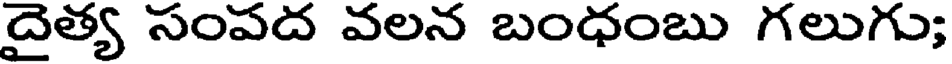
దైత్య సంపద వలన బంధంబు గలుగు;